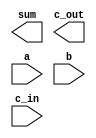
module rca16(sum, c_out, a, b, c_in);
output	[15:0]	sum;
output		c_out;
input	[15:0]	a, b;
input		c_in;



endmodule